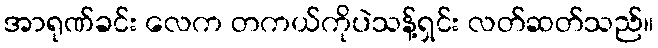
အာရုဏ်ခင်း လေက တကယ်ကိုပဲသန့်ရှင်း လတ်ဆတ်သည်။